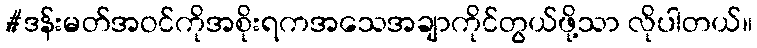
#ဒန်းမတ်အဝင်ကိုအစိုးရကအသေအချာကိုင်တွယ်ဖို့သာ လိုပါတယ်။